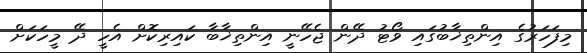
މިފަހަރުގެ އިންތިޚާބުގައި ވޯޓު ދޭން ޖެހޭނީ އިންތިޚާބާ ކައިރިކޮށް އެހީ ދޭ މީހަކަށް